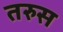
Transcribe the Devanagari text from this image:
तरुस